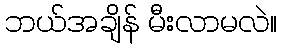
ဘယ်အချိန် မီးလာမလဲ။